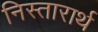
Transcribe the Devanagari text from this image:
निस्तारार्थ